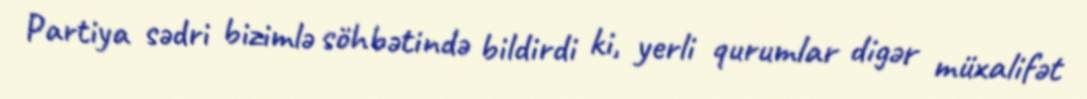
Partiya sədri bizimlə söhbətində bildirdi ki, yerli qurumlar digər müxalifət